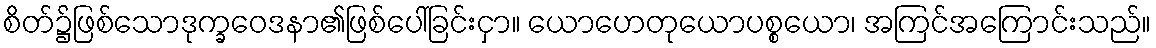
စိတ်၌ဖြစ်သောဒုက္ခဝေဒနာ၏ဖြစ်ပေါ်ခြင်းငှာ။ ယောဟေတုယောပစ္စယော၊ အကြင်အကြောင်းသည်။